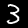
Digit: 3